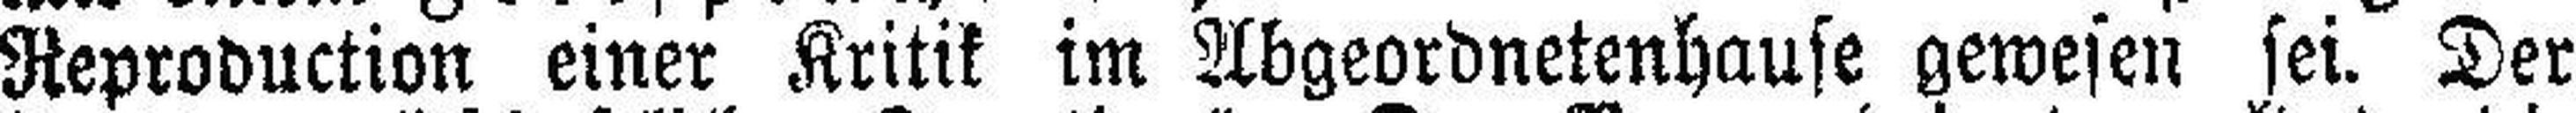
Reproduction einer Kritik im Abgeordnetenhause gewesen sei. Der